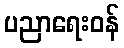
ပညာရေးဝန်